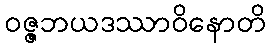
ဝဇ္ဇဘယဒဿာဝိနောတိ